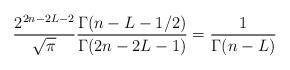
LaTeX: \begin{align*} \frac{2^{2n-2L-2}}{\sqrt{\pi}}\frac{\Gamma(n-L-1/2)}{\Gamma(2n-2L-1)}=\frac 1{\Gamma(n-L)}\end{align*}